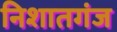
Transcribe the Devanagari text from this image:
निशातगंज